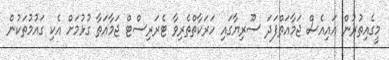
މީގެއިތުރުން އައިއެސް ޖަމާއަތްފަދަ ސޫރިޔާގައި ހަރަކާތްތެރިވާ ޓެރަރިސްޓް ޖަމާއަތާ ގުޅުމަށް އެކި ގައުމުތަކުން